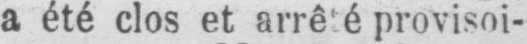
a été clos et arrêté provisoi-